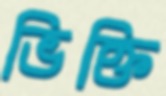
ভিক্তি